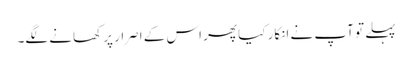
پہلے تو آپ نے انکار کیا پھر اس کے اصرار پر کھانے لگے۔